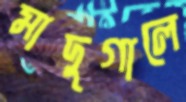
মাদুগালে